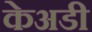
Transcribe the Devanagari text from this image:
केअडी